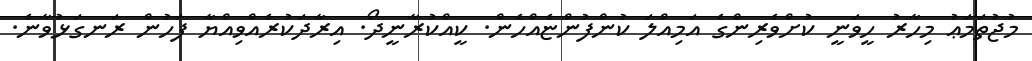
މުޖުތަމަޢު މިހާރު ހީވަނީ ކުށްވެރިންގެ އަމިއްލަ ކުންފުންޏެއްހެން. ކީއްކުރާނީދޯ. އިރާދަކުރެއްވިއްޔާ ފަހުން ރަނގަޅުވާނެ.